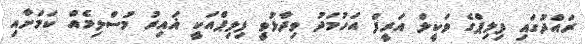
ރައްދުގައި ފިލިޕްގެ ވަކީލް އަރީފް އަހުމަދު ވިދާޅުވީ ފިލިޕްއަކީ ޣައިރު މުސްލިމެއް ކަމަށާއި